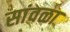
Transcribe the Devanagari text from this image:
सांवळा